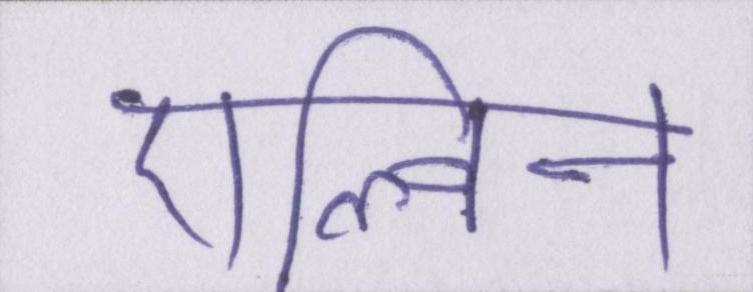
एल्विन